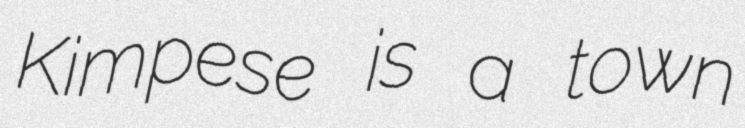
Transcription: Kimpese is a town